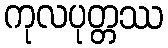
ကုလပုတ္တဿ